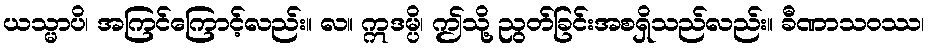
ယသ္မာပိ၊ အကြင်ကြောင့်လည်း။ လ။ ဣဒမ္ပိ၊ ဤသို့ ညွတ်ခြင်းအစရှိသည်လည်း။ ခီဏာသဝဿ၊